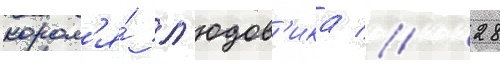
корол'я́ л'юдов'ика // 28